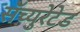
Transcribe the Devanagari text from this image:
सॅच्युरेटेड